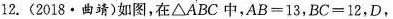
12.(2018·曲靖)如图，在△ABC中，$$A B = 1 3$$，$$B C = 1 2$$，D，